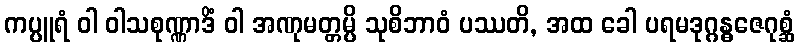
ကပ္ပူရံ ဝါ ဝါသစုဏ္ဏာဒိံ ဝါ အဏုမတ္တမ္ပိ သုစိဘာဝံ ပဿတိ, အထ ခေါ ပရမဒုဂ္ဂန္ဓဇေဂုစ္ဆံ